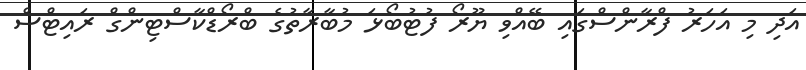
އަދި މި އަހަރު ފްރާންސްގައި ބޭއްވި ޔޫރޯ ފުޓުބޯޅަ މުބާރާތުގެ ބްރޯޑްކާސްޓިންގް ރައިޓްސް